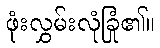
ဖုံးလွှမ်းလုံခြုံ၏။